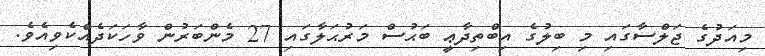
މިއަދުގެ ޖަލްސާގައި މި ބިލުގެ އިބްތިދާޢީ ބަޙުސް މަރުޙަލާގައި 27 މެންބަރުން ވާހަކަދެއްކެވިއެވެ.